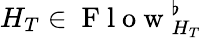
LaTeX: H_{T}\in\mathrm{~F~l~o~w~}_{H_{T}}^{\flat}